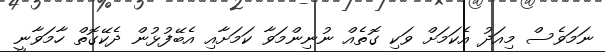
ނަމަވެސް މިއަދު އެކަމަށް ވަކި ގޮތެއް ނުނިންމަވާ ކަމަށާއި އެބޭފުޅުން ދެކޭގޮތް ހާމަވާނީ